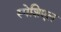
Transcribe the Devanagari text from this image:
स्पेशिएल